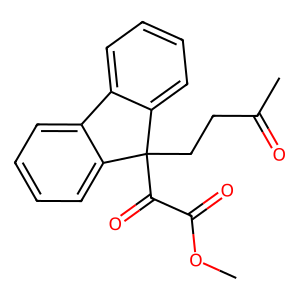
SMILES: COC(=O)C(=O)C1(CCC(C)=O)c2ccccc2-c2ccccc21
Inhibits HIV replication: No